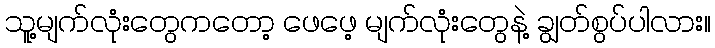
သူ့မျက်လုံးတွေကတော့ ဖေဖေ့ မျက်လုံးတွေနဲ့ ချွတ်စွပ်ပါလား။